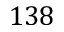
1 3 8